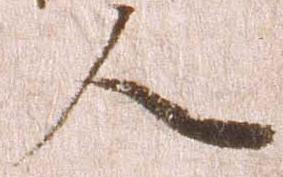
人